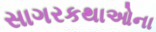
સાગરકથાઓના